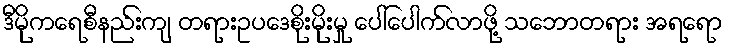
ဒီမိုကရေစီနည်းကျ တရားဥပဒေစိုးမိုးမှု ပေါ်ပေါက်လာဖို့ သဘောတရား အရရော